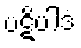
ပဋိပါဒံ